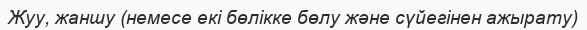
Жуу, жаншу (немесе екі бөлікке бөлу және сүйегінен ажырату)